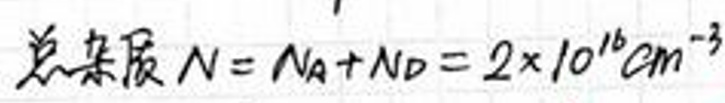
总杂质 \(N = N_A + N_D = 2\times10^{16}cm^{-3}\)